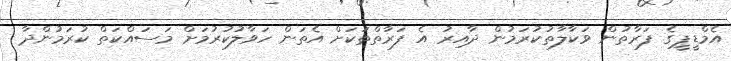
އެމްޑީޕީގެ ފަރާތުން ވަކާލާތުކުރަމުން ދާއިރު އެ ފަރާތްތަކަށް އެތަން ހަވާލުކުރުމަށް މަސައްކަތް ކުރަމުންދާ